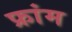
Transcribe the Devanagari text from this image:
फ्रांम